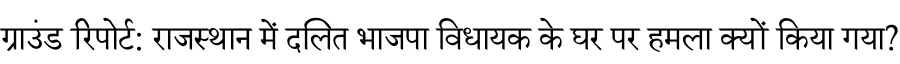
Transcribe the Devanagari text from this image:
ग्राउंड रिपोर्ट: राजस्थान में दलित भाजपा विधायक के घर पर हमला क्यों किया गया?